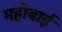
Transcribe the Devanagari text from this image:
महोबाई